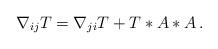
LaTeX: \begin{align*}\nabla_{ij}T = \nabla_{ji}T + T*A*A\,.\end{align*}